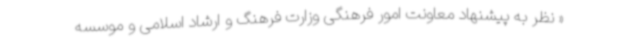
« نظر به پیشنهاد معاونت امور فرهنگی وزارت فرهنگ و ارشاد اسلامی و موسسه